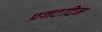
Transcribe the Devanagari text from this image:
प्रगटदिन